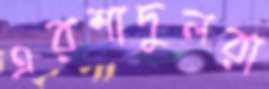
এরশাদুলরা